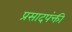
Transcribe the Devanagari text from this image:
प्रसादपंक्ती